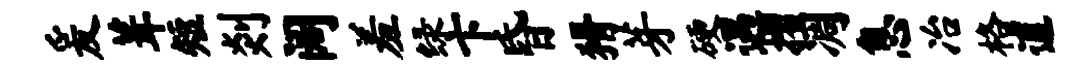
爰葺短剡阔羞绿卞昏猾芽硬遇摺凋息冶格逋